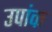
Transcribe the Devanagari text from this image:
उपांक